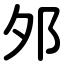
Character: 邜